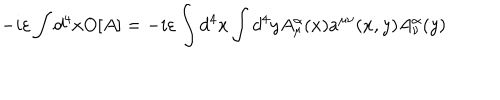
- i \varepsilon \int d ^ { 4 } x O [ A ] = - i \varepsilon \int d ^ { 4 } x \int d ^ { 4 } y A _ { \mu } ^ { \alpha } ( x ) a ^ { \mu \nu } ( x , y ) A _ { \nu } ^ { \alpha } ( y )